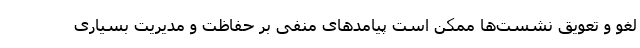
لغو و تعویق نشست‌ها ممکن است پیامدهای منفی بر حفاظت و مدیریت بسیاری